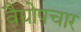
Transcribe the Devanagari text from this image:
वैद्योपचार